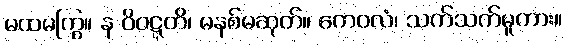
မထမကြွ။ န ဝိဝဋ္ဋတိ၊ မနစ်မဆုတ်။ ကေဝလံ၊ သက်သက်မူကား။